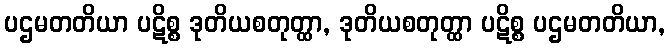
ပဌမတတိယာ ပဋိစ္စ ဒုတိယစတုတ္ထာ, ဒုတိယစတုတ္ထာ ပဋိစ္စ ပဌမတတိယာ,